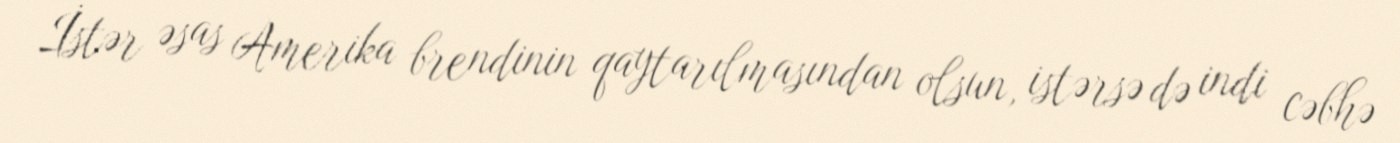
İstər əsas Amerika brendinin qaytarılmasından olsun, istərsə də indi cəbhə